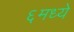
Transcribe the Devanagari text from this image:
६मध्ये